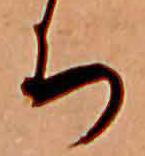
ち